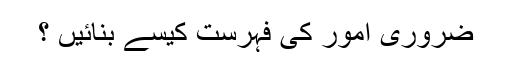
ضروری امور کی فہرست کیسے بنائیں ؟